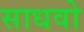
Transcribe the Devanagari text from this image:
साधवो